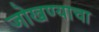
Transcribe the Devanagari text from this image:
जोखण्याचा